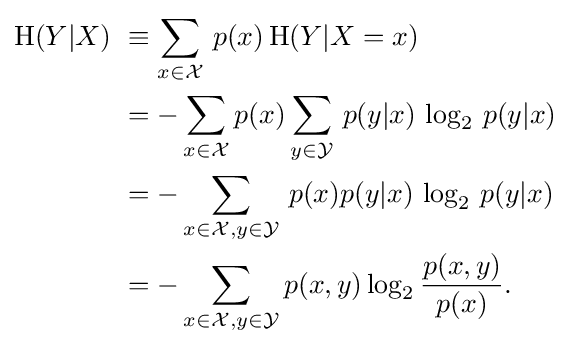
{\begin{aligned}\mathrm {H} (Y|X)\ &\equiv \sum _{x\in {\mathcal {X}}}\,p(x)\,\mathrm {H} (Y|X=x)\\&=-\sum _{x\in {\mathcal {X}}}p(x)\sum _{y\in {\mathcal {Y}}}\,p(y|x)\,\log _{2}\,p(y|x)\\&=-\sum _{x\in {\mathcal {X}},y\in {\mathcal {Y}}}\,p(x)p(y|x)\,\log _{2}\,p(y|x)\\&=-\sum _{x\in {\mathcal {X}},y\in {\mathcal {Y}}}p(x,y)\log _{2}{\frac {p(x,y)}{p(x)}}.\end{aligned}}